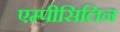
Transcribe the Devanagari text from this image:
एम्पीसिलिन